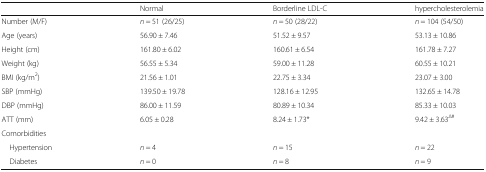
|  | Normal | Borderline LDL-C | hypercholesterolemia |
 | --- | --- | --- | --- |
 | Number (M/F) | n = 51 (26/25) | n = 50 (28/22) | n = 104 (54/50) |
 | Age (years) | 56.90 ± 7.46 | 51.52 ± 9.57 | 53.13 ± 10.86 |
 | Height (cm) | 161.80 ± 6.02 | 160.61 ± 6.54 | 161.78 ± 7.27 |
 | Weight (kg) | 56.55 ± 5.34 | 59.00 ± 11.28 | 60.55 ± 10.21 |
 | BMI (kg/m2) | 21.56 ± 1.01 | 22.75 ± 3.34 | 23.07 ± 3.00 |
 | SBP (mmHg) | 139.50 ± 19.78 | 128.16 ± 12.95 | 132.65 ± 14.78 |
 | DBP (mmHg) | 86.00 ± 11.59 | 80.89 ± 10.34 | 85.33 ± 10.03 |
 | ATT (mm) | 6.05 ± 0.28 | 8.24 ± 1.73* | 9.42 ± 3.63∆# |
 | <COLSPAN=4> Comorbidities |
 | Hypertension | n = 4 | n = 15 | n = 22 |
 | Diabetes | n = 0 | n = 8 | n = 9 |